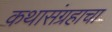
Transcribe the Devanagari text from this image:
कथासंग्रहाचा